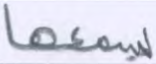
يسمعها